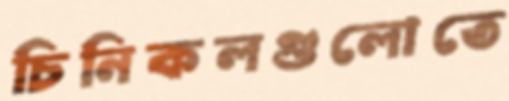
চিনিকলগুলোতে